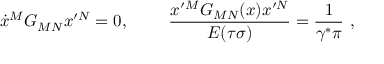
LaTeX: \dot { x } ^ { M } G _ { M N } x ^ { \prime N } = 0 , ~ ~ ~ ~ ~ ~ ~ { \frac { x ^ { \prime M } G _ { M N } ( x ) x ^ { \prime N } } { E ( \tau \sigma ) } } = { \frac { 1 } { \gamma ^ { \ast } \pi } } ~ ,